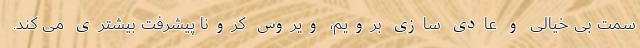
سمت بی خیالی و عادی سازی برویم، ویروس کرونا پیشرفت بیشتری می کند.